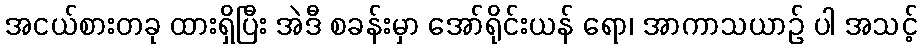
အငယ်စားတခု ထားရှိပြီး အဲဒီ စခန်းမှာ အော်ရိုင်းယန် ရော၊ အာကာသယာဉ် ပါ အသင့်